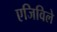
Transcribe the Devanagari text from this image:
एजिविले